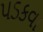
પડકવા